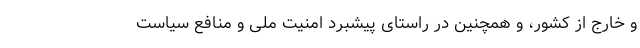
و خارج از کشور، و همچنین در راستای پیشبرد امنیت ملی و منافع سیاست